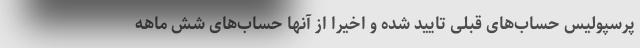
پرسپولیس حساب‌های قبلی تایید شده و اخیرا از آنها حساب‌های شش ماهه